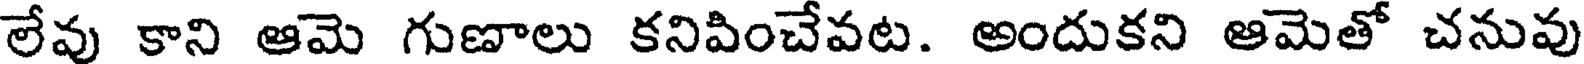
లేవు కాని ఆమె గుణాలు కనిపించేవట. అందుకని ఆమెతో చనువు